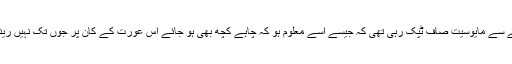
فرمان علی کے لہجے سے مایوسیت صاف ٹپک رہی تھی کہ جیسے اسے معلوم ہو کہ چاہے کچھ بھی ہو جائے اس عورت کے کان پر جوں تک نہیں رینگے گی اور وہی ہوا۔